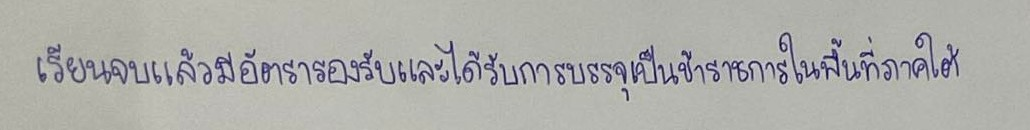
เรียนจบแล้วมีอัตรารองรับและได้รับการบรรจุเป็นข้าราชการในพื้นที่ภาคใต้